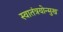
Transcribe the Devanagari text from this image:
स्वातंत्रयोन्मुख